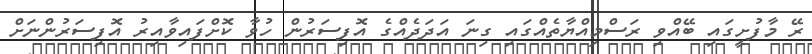
ރޭ މާފުށީގައި ބޭއްވި ރަސްމިއްޔާތެއްގައި ގިނަ އަދަދެއްގެ އޮފިސަރުން ހުވާ ކޮށްފައިވާއިރު އޮފިސަރުންނަށް